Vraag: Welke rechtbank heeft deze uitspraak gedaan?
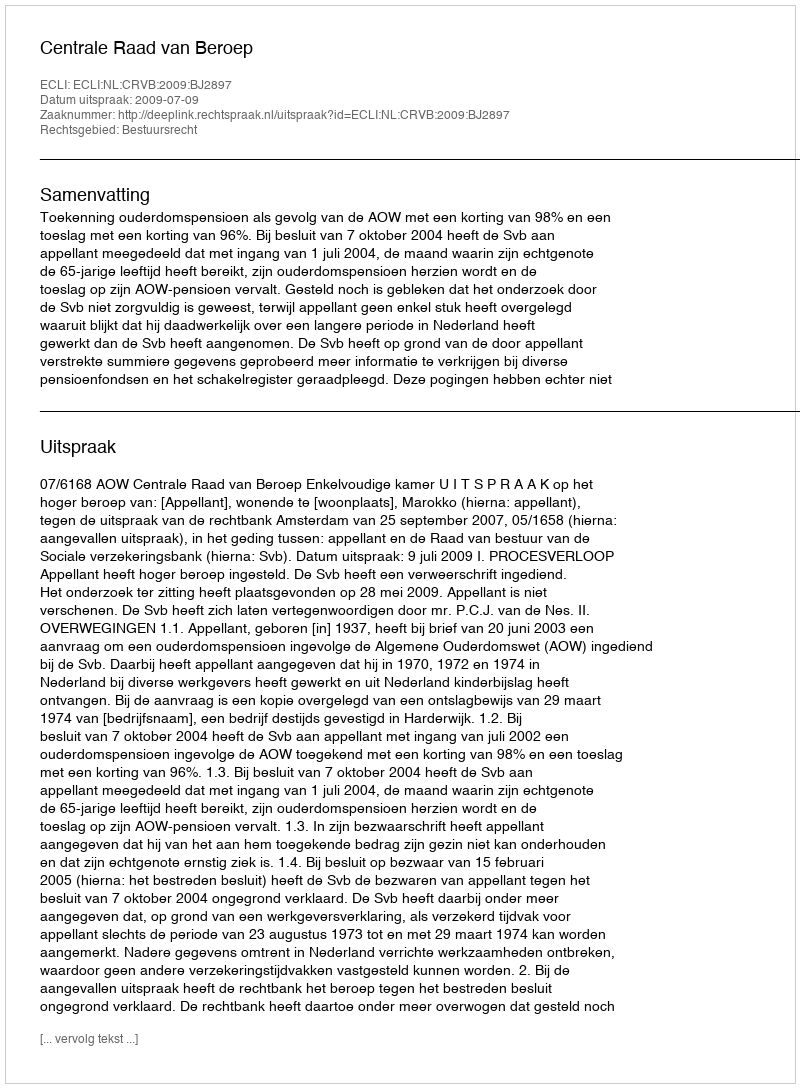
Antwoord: Centrale Raad van Beroep